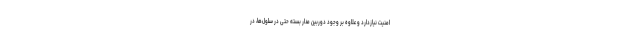
امنیت نیازدارد و علاوه بر وجود دوربین مدار بسته حتی در سلول‌ها، در